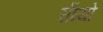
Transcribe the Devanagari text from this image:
राँघ्यो